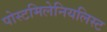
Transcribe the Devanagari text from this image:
पोस्टमिलेनियलिस्ट